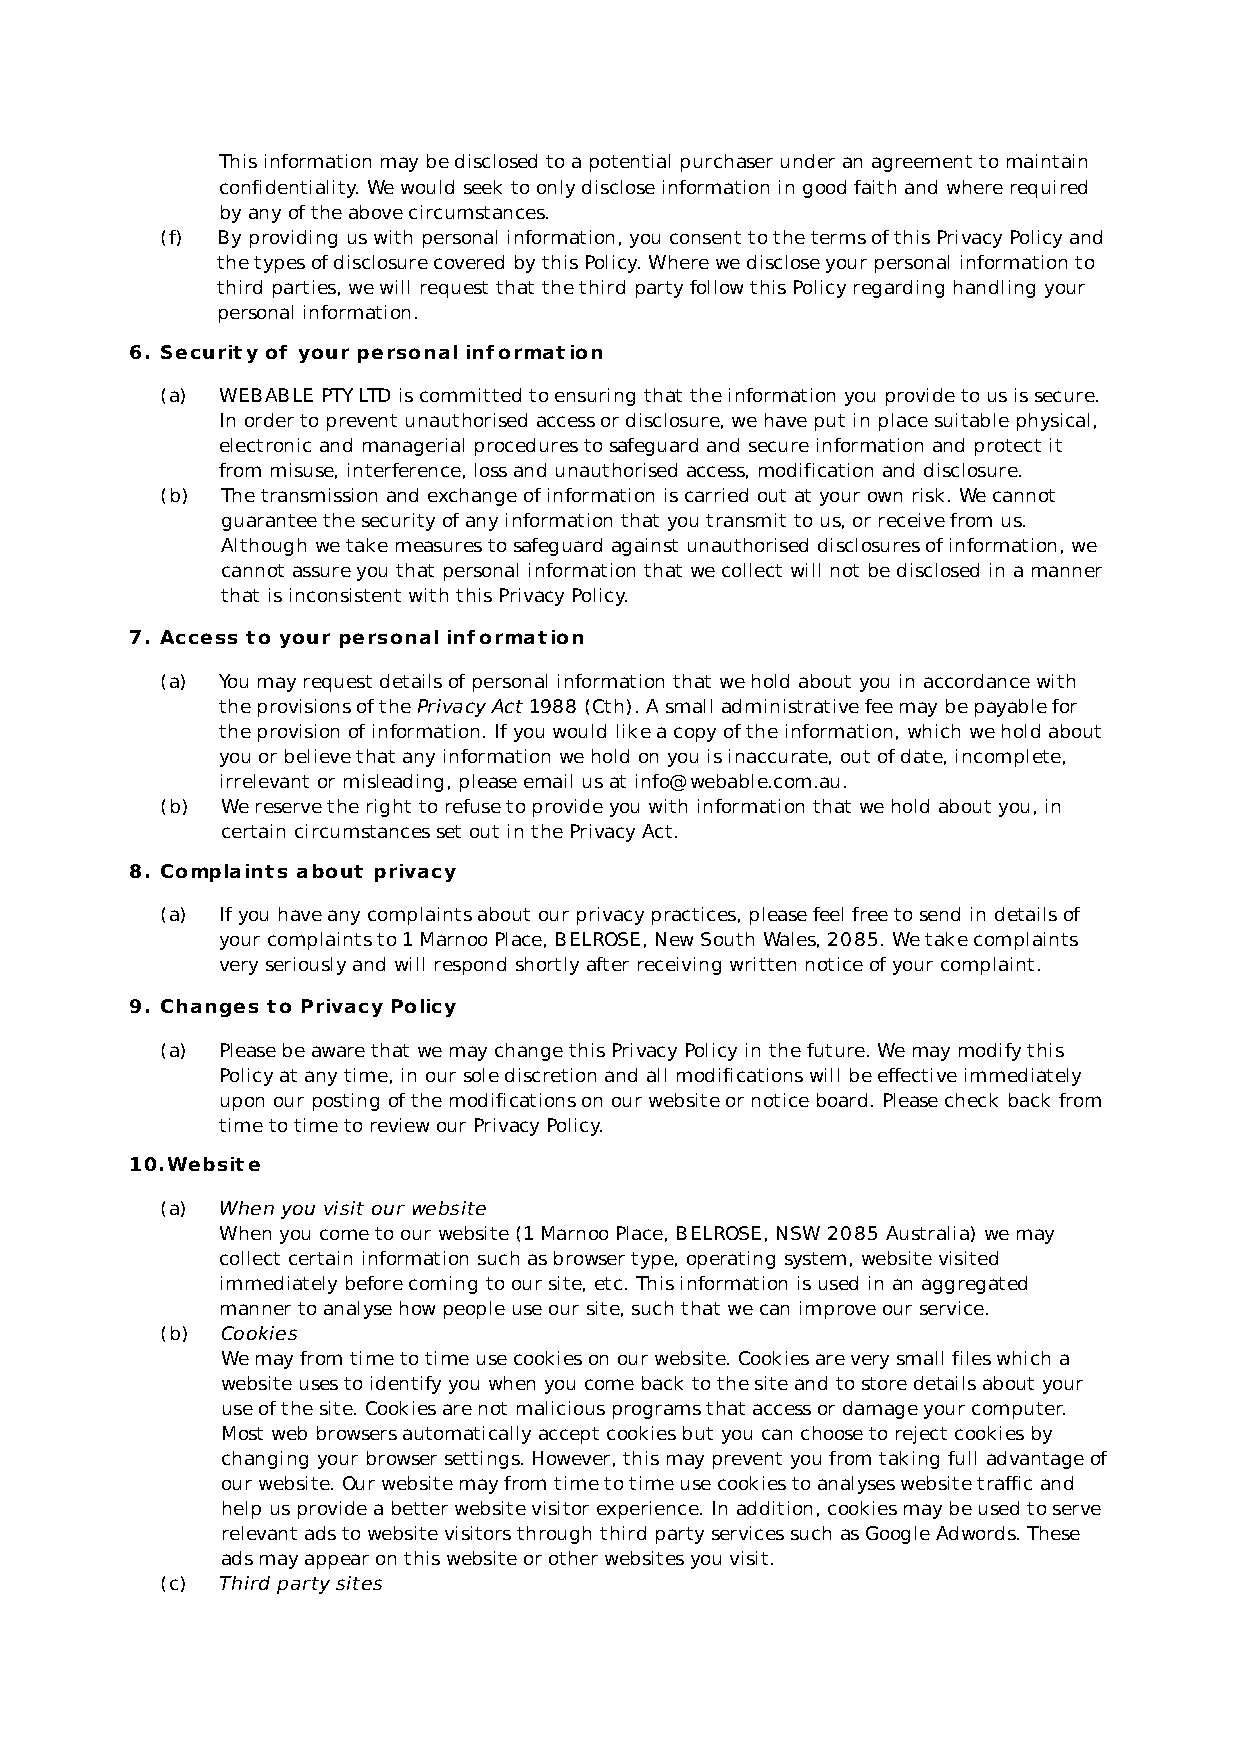
This information may be disclosed to a potential purchaser under an agreement to maintain
 confidentiality. We would seek to only disclose information in good faith and where required
 by any of the above circumstances.
 (f) By providing us with personal information, you consent to the terms of this Privacy Policy and
 the types of disclosure covered by this Policy. Where we disclose your personal information to
 third parties, we will request that the third party follow this Policy regarding handling your
 personal information.
 6. Security of your personal information
 (a) WEBABLE PTY LTD is committed to ensuring that the information you provide to us is secure.
 In order to prevent unauthorised access or disclosure, we have put in place suitable physical,
 electronic and managerial procedures to safeguard and secure information and protect it
 from misuse, interference, loss and unauthorised access, modification and disclosure.
 (b) The transmission and exchange of information is carried out at your own risk. We cannot
 guarantee the security of any information that you transmit to us, or receive from us.
 Although we take measures to safeguard against unauthorised disclosures of information, we
 cannot assure you that personal information that we collect will not be disclosed in a manner
 that is inconsistent with this Privacy Policy.
 7. Access to your personal information
 (a) You may request details of personal information that we hold about you in accordance with
 the provisions of the Privacy Act 1988 (Cth). A small administrative fee may be payable for
 the provision of information. If you would like a copy of the information, which we hold about
 you or believe that any information we hold on you is inaccurate, out of date, incomplete,
 irrelevant or misleading, please email us at info@webable.com.au.
 (b) We reserve the right to refuse to provide you with information that we hold about you, in
 certain circumstances set out in the Privacy Act.
 8. Complaints about privacy
 (a) If you have any complaints about our privacy practices, please feel free to send in details of
 your complaints to 1 Marnoo Place, BELROSE, New South Wales, 2085. We take complaints
 very seriously and will respond shortly after receiving written notice of your complaint.
 9. Changes to Privacy Policy
 (a) Please be aware that we may change this Privacy Policy in the future. We may modify this
 Policy at any time, in our sole discretion and all modifications will be effective immediately
 upon our posting of the modifications on our website or notice board. Please check back from
 time to time to review our Privacy Policy.
 10.Website
 (a) When you visit our website
 When you come to our website (1 Marnoo Place, BELROSE, NSW 2085 Australia) we may
 collect certain information such as browser type, operating system, website visited
 immediately before coming to our site, etc. This information is used in an aggregated
 manner to analyse how people use our site, such that we can improve our service.
 (b) Cookies
 We may from time to time use cookies on our website. Cookies are very small files which a
 website uses to identify you when you come back to the site and to store details about your
 use of the site. Cookies are not malicious programs that access or damage your computer.
 Most web browsers automatically accept cookies but you can choose to reject cookies by
 changing your browser settings. However, this may prevent you from taking full advantage of
 our website. Our website may from time to time use cookies to analyses website traffic and
 help us provide a better website visitor experience. In addition, cookies may be used to serve
 relevant ads to website visitors through third party services such as Google Adwords. These
 ads may appear on this website or other websites you visit.
 (c) Third party sites